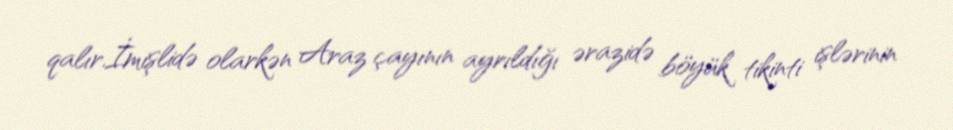
qalır.İmişlidə olarkən Araz çayının ayrıldığı ərazidə böyük tikinti işlərinin